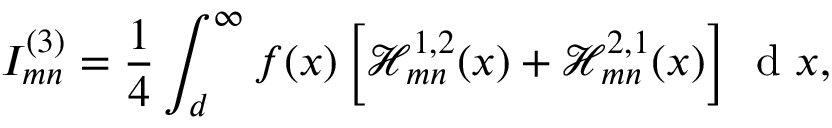
I _ { m n } ^ { ( 3 ) } = \frac { 1 } { 4 } \int _ { d } ^ { \infty } f ( x ) \left[ \mathcal { H } _ { m n } ^ { 1 , 2 } ( x ) + \mathcal { H } _ { m n } ^ { 2 , 1 } ( x ) \right] \, \textrm { d } x ,